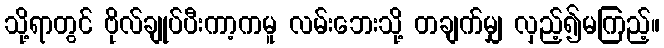
သို့ရာတွင် ဗိုလ်ချုပ်ပီးကာ့ကမူ လမ်းဘေးသို့ တချက်မျှ လှည့်၍မကြည့်။